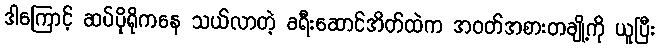
ဒါကြောင့် ဆပ်ပိုရိုကနေ သယ်လာတဲ့ ခရီးဆောင်အိတ်ထဲက အဝတ်အစားတချို့ကို ယူပြီး